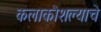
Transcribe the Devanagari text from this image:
कलाकौशल्याचे